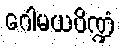
ဂေါမယပိဏ္ဍံ